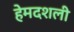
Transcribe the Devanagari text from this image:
हेमदशली